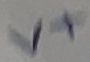
Text: V+